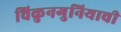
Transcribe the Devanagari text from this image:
चिकुनगुनियाची